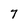
Character: 7